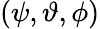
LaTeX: (\psi,\vartheta,\phi)